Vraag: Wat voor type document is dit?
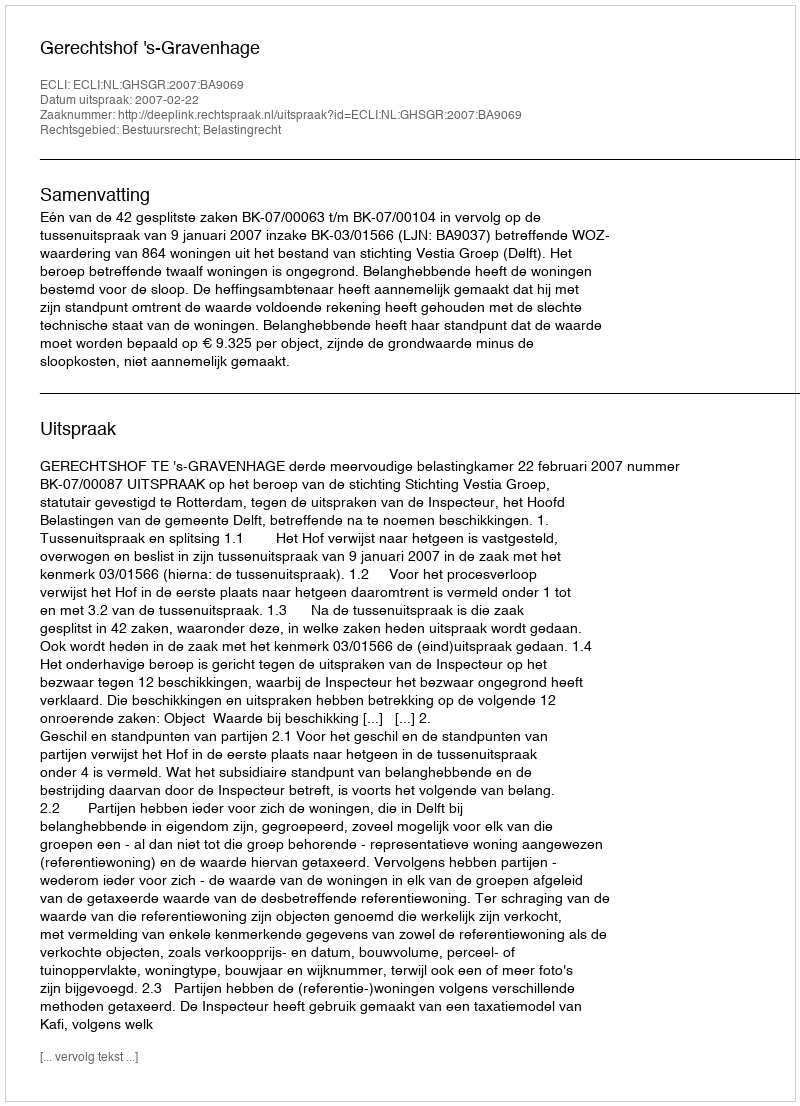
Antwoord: Uitspraak